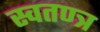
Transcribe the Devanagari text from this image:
स्वतण्त्र